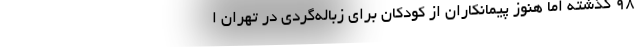
۹۸ گذشته اما هنوز پیمانکاران از کودکان برای زباله‌گردی در تهران ا